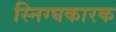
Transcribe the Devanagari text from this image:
स्निग्घकारक